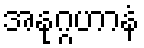
အနုဂ္ဂဟာနံ